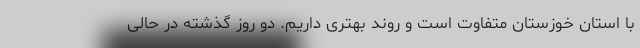
با استان خوزستان متفاوت است و روند بهتری داریم. دو روز گذشته در حالی